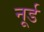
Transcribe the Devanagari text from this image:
नूर्ड